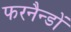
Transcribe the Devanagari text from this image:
फरनैन्डों